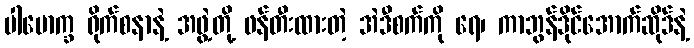
ပါမောက္ခ ရိုက်စနာနဲ့ အဖွဲ့တို့ ဖန်တီးထားတဲ့ အဲဒီစက်ကို ရေ၊ ကာဘွန်ဒိုင်အောက်ဆိုဒ်နဲ့